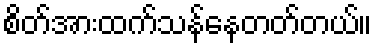
စိတ်အားထက်သန်နေတတ်တယ်။